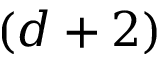
( d + 2 )